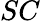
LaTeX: SC